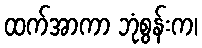
ထက်အာကာ ဘုံစွန်းက၊